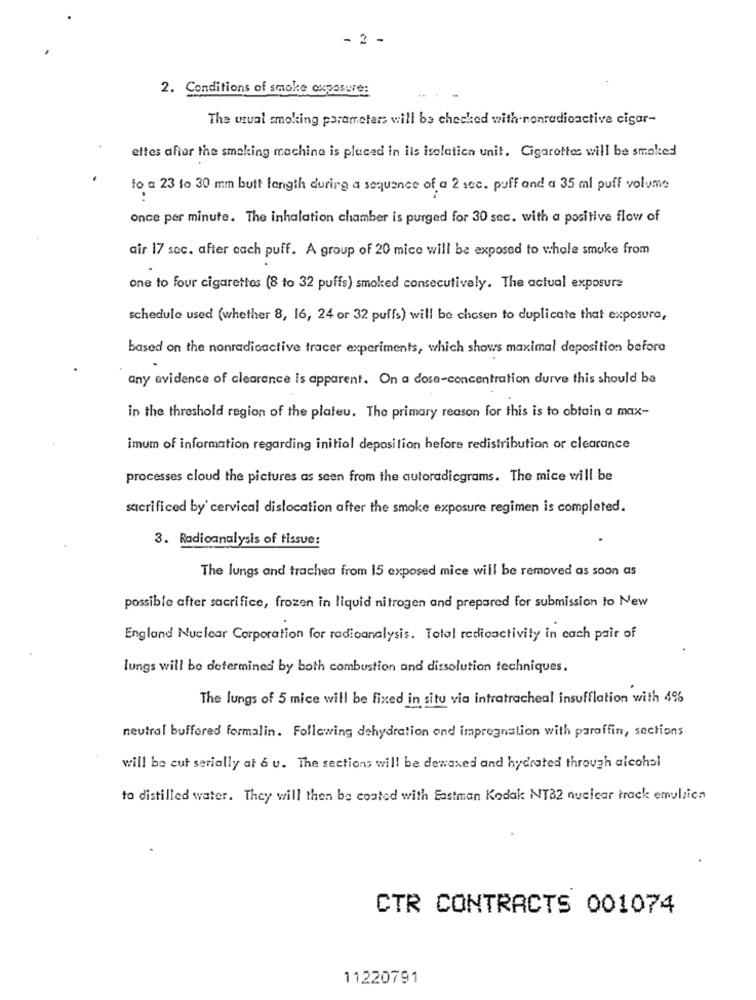
- 2 -
2. Conditions of smoke cupasure:
The wzual smoking parameters will be checked with-nonradioactive cigar-
ettes affar the smoking machine is placed in ils isolation unit. Cigarettes will be smoked
to a 23 to 30 mm butt length during a sequence of a 2 sec. puff and a 35 ml puff volume
once per minute. The inhalation chamber is purged for 30 sec. with a positive flow of
air 17 sec. after cach puff. A group of 20 mice will be exposed to whole smoke from
one to four cigarettes (8 to 32 puffs) smoked consecutively. The actual exposure
schedule used (whether 8, 16, 24 or 32 puffs) will be chosen to duplicate that exposure,
based on the nonradioactive tracer experiments, which shows maximal deposition before
any evidence of clearance is apparent. On a dose-concentration durve this should be
in the threshold region of the plateu. The primary reason for this is to obtain a max-
imum of information regarding initial deposition before redistribution or clearance
processes cloud the pictures as seen from the autoradicgrams. The mice will be
sacrificed by' cervical dislocation after the smoke exposure regimen is completed.
3. Radicanalysis of tissue:
The lungs and trachea from 15 exposed mice will be removed as soon as
possible after sacrifice, frozen in liquid nitrogen and prepared for submission to New
England Nuclear Corporation for radioanalysis. Total radioactivity in cach pair of
lungs will be determined by both combustion and dissolution techniques.
The lungs of 5 mice will be fixed in situ via intratracheal insufflation with 4%
neutral buffered formalin. Following dehydration ond impregnation with paraffin, sections
will be cut serially at 6 u. The sections will be dewaxed and hydrated through alcohol
to distilled water. They will then be coated with Eastman Kodak NT32 nuclear track emulsion
CTR CONTRACTS 001074
11220791